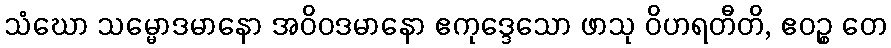
သံဃော သမ္မောဒမာနော အဝိဝဒမာနော ဧကုဒ္ဒေသော ဖာသု ဝိဟရတီတိ, ဧဝဉ္စ တေ